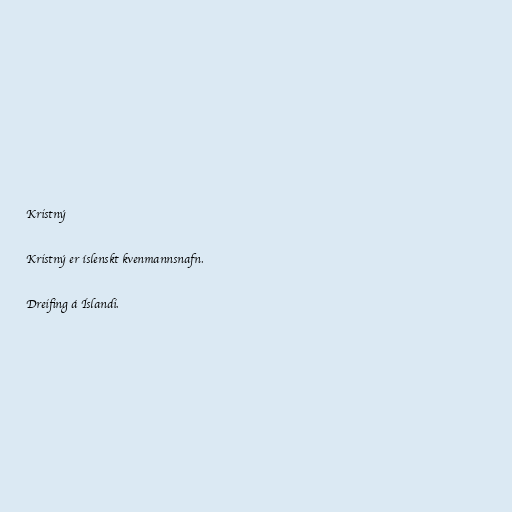
Kristný

Kristný er íslenskt kvenmannsnafn.

Dreifing á Íslandi.